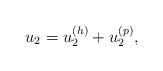
LaTeX: \begin{align*}u_2=u_2^{(h)}+u_2^{(p)},\end{align*}